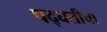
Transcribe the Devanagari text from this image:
पद्घतीचा